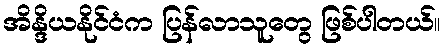
အိန္ဒိယနိုင်ငံက ပြန်လာသူတွေ ဖြစ်ပါတယ်။